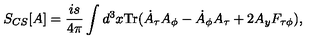
S _ { C S } [ A ] = \frac { i s } { 4 \pi } \int d ^ { 3 } x { \mathrm { T r } } ( \dot { A } _ { \tau } A _ { \phi } - \dot { A } _ { \phi } A _ { \tau } + 2 A _ { y } F _ { \tau \phi } ) ,